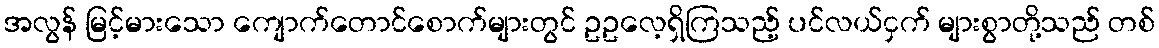
အလွန် မြင့်မားသော ကျောက်တောင်စောက်များတွင် ဥဥလေ့ရှိကြသည့် ပင်လယ်ငှက် များစွာတို့သည် တစ်